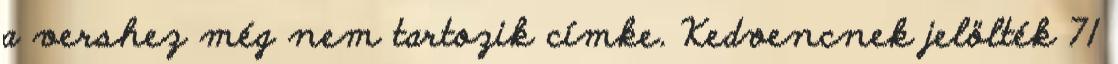
a vershez még nem tartozik címke. Kedvencnek jelölték 71